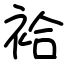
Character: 袷